Leaving Certificate Examination (including Day School Certificate (Higher) General paper), 1934
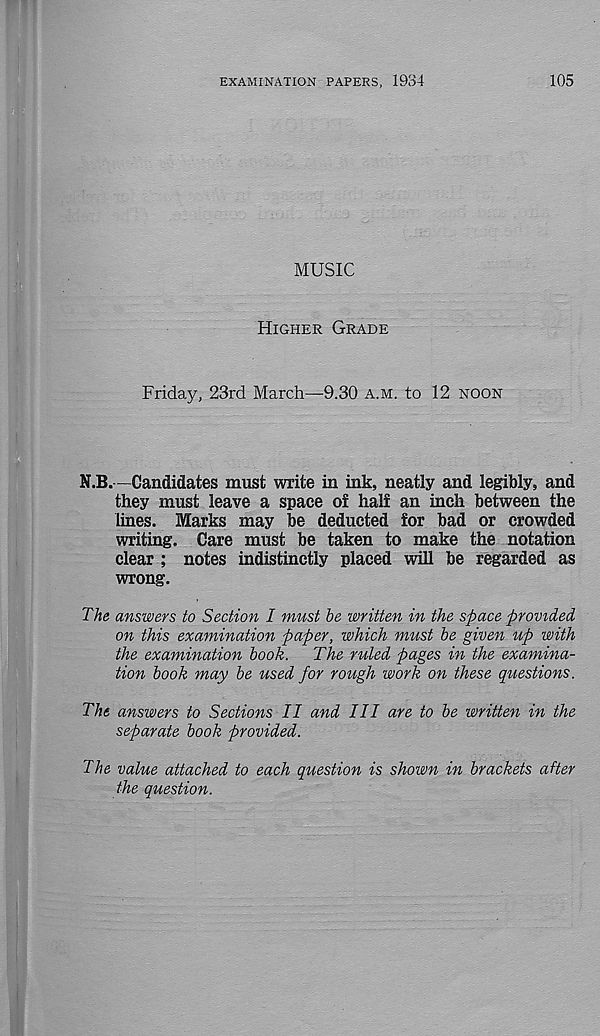
EXAMINATION PAPERS, 1934
105
MUSIC
Higher Grade
Friday, 23rd March—9.30 a.m. to 12 noon
N.B.—Candidates must write in ink, neatly and legibly, and
they must leave a space of half an inch between the
lines. Marks may be deducted for bad or crowded
writing. Care must be taken to make the notation
clear ; notes indistinctly placed will be regarded as
wrong.
The answers to Section I must be written in the space provided
on this examination paper, which must be given up with
the examination book.
The ruled pages in the examina-
tion book may be used for rough work on these questions.
The answers to Sections II and III are to be written in the
separate book provided.
The value attached to each question is shown in brackets after
the question.